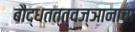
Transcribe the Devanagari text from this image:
बौद्धतत्त्वज्ञानाचा